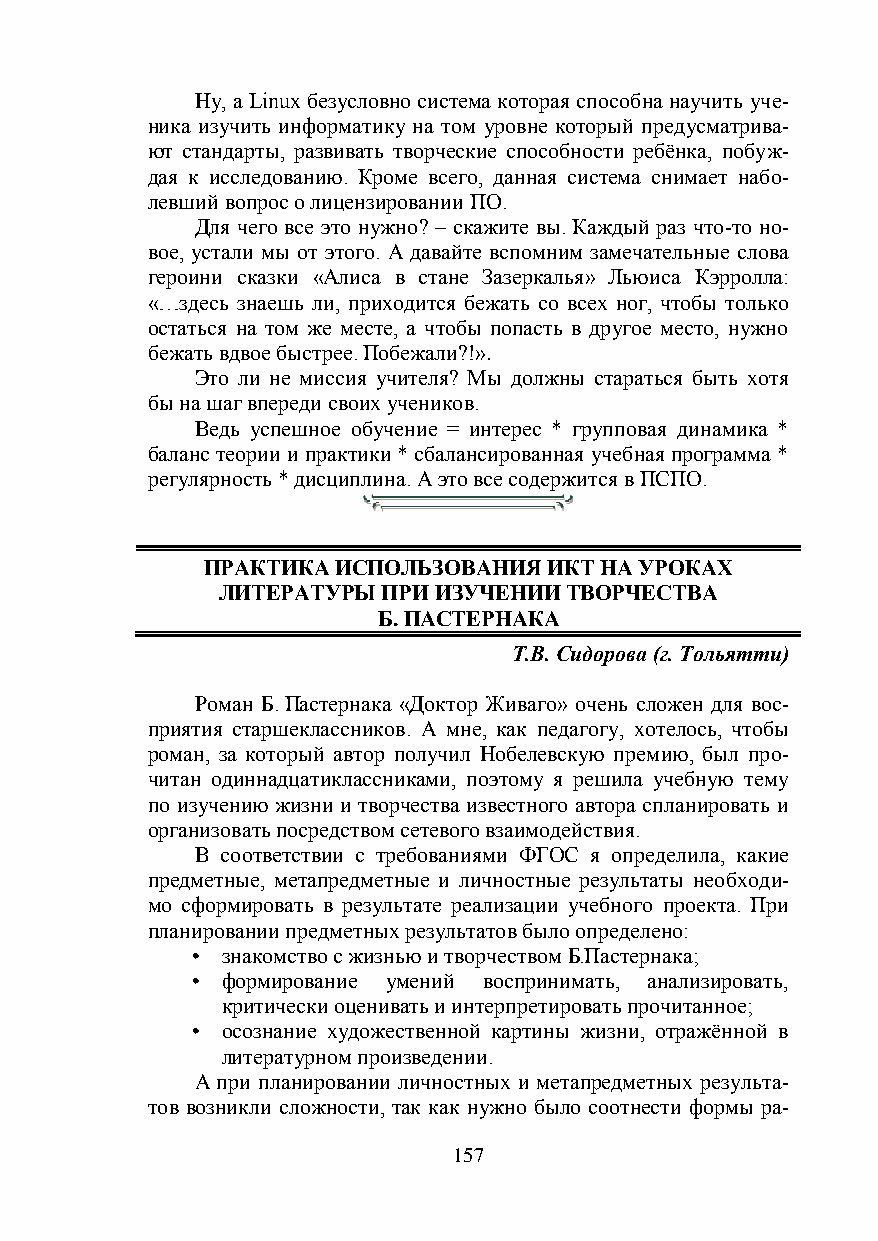
Ну, а Linux безусловно система которая способна научить уче-
 ника изучить информатику на том уровне который предусматрива-
 ют стандарты, развивать творческие способности ребёнка, побуж-
 дая к исследованию. Кроме всего, данная система снимает набо-
 левший вопрос о лицензировании ПО.
 Для чего все это нужно? – скажите вы. Каждый раз что-то но-
 вое, устали мы от этого. А давайте вспомним замечательные слова
 героини сказки «Алиса в стане Зазеркалья» Льюиса Кэрролла:
 «…здесь знаешь ли, приходится бежать со всех ног, чтобы только
 остаться на том же месте, а чтобы попасть в другое место, нужно
 бежать вдвое быстрее. Побежали?!».
 Это ли не миссия учителя? Мы должны стараться быть хотя
 бы на шаг впереди своих учеников.
 Ведь успешное обучение = интерес * групповая динамика *
 баланс теории и практики * сбалансированная учебная программа *
 регулярность * дисциплина. А это все содержится в ПСПО.
 ПРАКТИКА ИСПОЛЬЗОВАНИЯ ИКТ НА УРОКАХ
 ЛИТЕРАТУРЫ ПРИ ИЗУЧЕНИИ ТВОРЧЕСТВА
 Б. ПАСТЕРНАКА
 Т.В. Сидорова (г. Тольятти)
 Роман Б. Пастернака «Доктор Живаго» очень сложен для вос-
 приятия старшеклассников. А мне, как педагогу, хотелось, чтобы
 роман, за который автор получил Нобелевскую премию, был про-
 читан одиннадцатиклассниками, поэтому я решила учебную тему
 по изучению жизни и творчества известного автора спланировать и
 организовать посредством сетевого взаимодействия.
 В соответствии с требованиями ФГОС я определила, какие
 предметные, метапредметные и личностные результаты необходи-
 мо сформировать в результате реализации учебного проекта. При
 планировании предметных результатов было определено:
 • знакомство с жизнью и творчеством Б.Пастернака;
 • формирование умений воспринимать, анализировать,
 критически оценивать и интерпретировать прочитанное;
 • осознание художественной картины жизни, отражённой в
 литературном произведении.
 А при планировании личностных и метапредметных результа-
 тов возникли сложности, так как нужно было соотнести формы ра-
 157